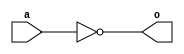
module nand_1(output o,input a);
nand g1(o,a);
endmodule